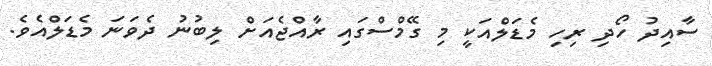
ސާއިދު ހޯދި ރިހި މެޑަލްއަކީ މި ގޭމްސްގައި ރާއްޖެއަށް ލިބުނު ދެވަނަ މެޑަލްއެވެ.